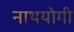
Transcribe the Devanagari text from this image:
नाथयोगी